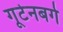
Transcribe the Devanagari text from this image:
गूटेनबर्ग